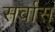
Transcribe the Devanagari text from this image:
सर्वास्‌